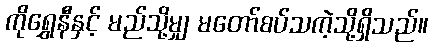
ကိုရွှေနီနှင့် မည်သို့မျှ မတော်စပ်သကဲ့သို့ရှိသည်။